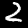
Label: 2